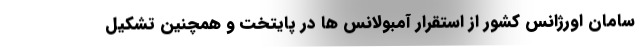
سامان اورژانس کشور از استقرار آمبولانس ها در پایتخت و همچنین تشکیل